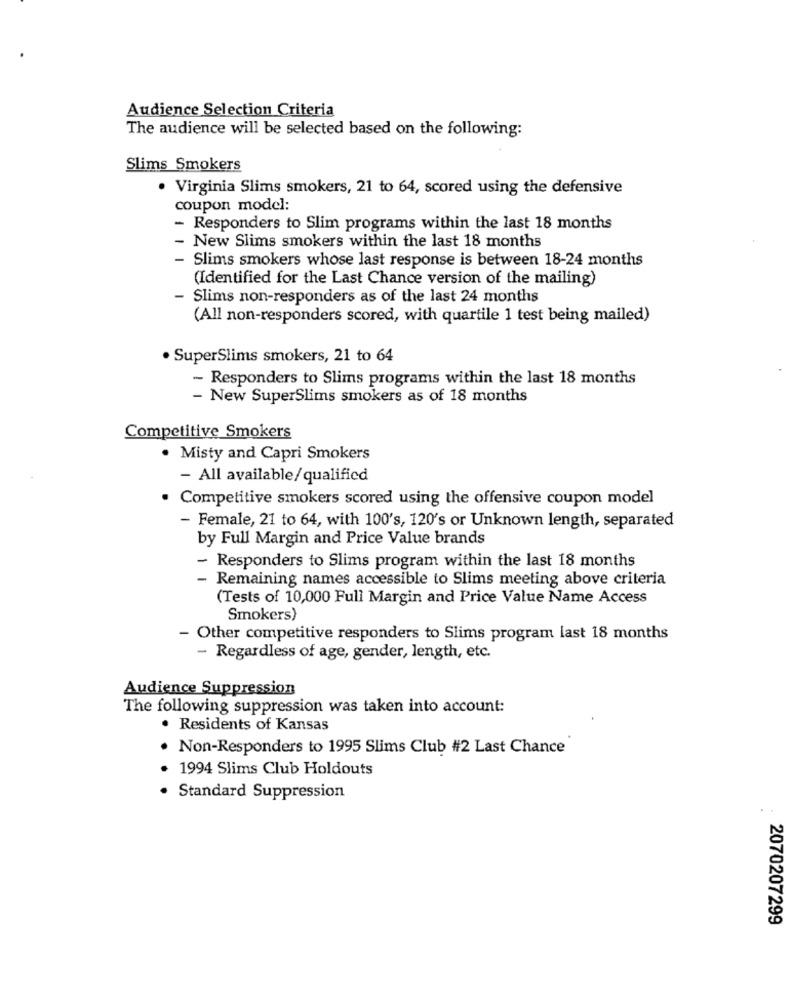
Audience Selection Criteria
The audience will be selected based on the following:
Slims Smokers
· Virginia Slims smokers, 21 to 64, scored using the defensive
coupon model:
- Responders to Slim programs within the last 18 months
New Slims smokers within the last 18 months
- Slims smokers whose last response is between 18-24 months
(Identified for the Last Chance version of the mailing)
- Slims non-responders as of the last 24 months
(All non-responders scored, with quartile 1 test being mailed)
. SuperSlims smokers, 21 to 64
- Responders to Slims programs within the last 18 months
- New SuperSlims smokers as of 18 months
Competitive Smokers
. Misty and Capri Smokers
- All available/qualified
· Competitive smokers scored using the offensive coupon model
- Female, 21 to 64, with 100's, 120's or Unknown length, separated
by Full Margin and Price Value brands
- Responders to Slims program within the last 18 months
- Remaining names accessible to Slims meeting above criteria
(Tests of 10,000 Full Margin and Price Value Name Access
Smokers)
- Other competitive responders to Slims program last 18 months
- Regardless of age, gender, length, etc.
Audience Suppression
The following suppression was taken into account:
. Residents of Kansas
. Non-Responders to 1995 Slims Club #2 Last Chance
1994 Slims Club Holdouts
Standard Suppression
2070207299